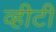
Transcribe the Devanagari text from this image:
व्हीटी